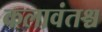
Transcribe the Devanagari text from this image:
कलावंतश्च